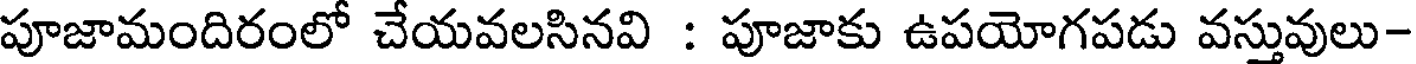
పూజామందిరంలో చేయవలసినవి : పూజాకు ఉపయోగపడు వస్తువులు-